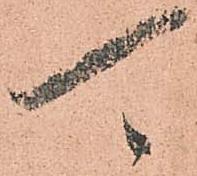
可